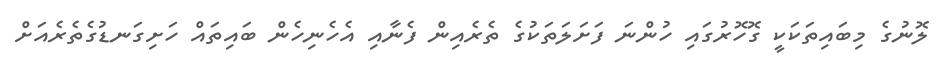
ލޮނުގެ މިބައިތަކަކީ ގޮހޮރުގައި ހުންނަ ފަށަލަތަކުގެ ތެރެއިން ފެނާއި އެހެނިހެން ބައިތައް ހަށިގަނޑުގެތެރެއަށް